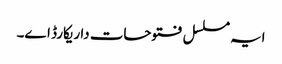
ایہ مسلسل فتوحات دا ریکارڈ ا‏‏ے۔